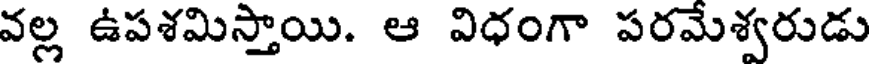
వల్ల ఉపశమిస్తాయి. ఆ విధంగా పరమేశ్వరుడు